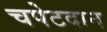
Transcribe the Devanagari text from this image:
चपेटदान